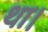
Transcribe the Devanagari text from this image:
था।